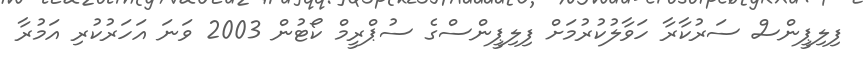
ފިލިޕީންސް ސަރުކާރާ ހަވާލުކުރުމަށް ފިލިޕީންސްގެ ސުޕްރީމް ކޯޓުން 2003 ވަނަ އަހަރުކުރި އަމުރާ